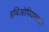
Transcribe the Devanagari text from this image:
इथिओपियामध्ये